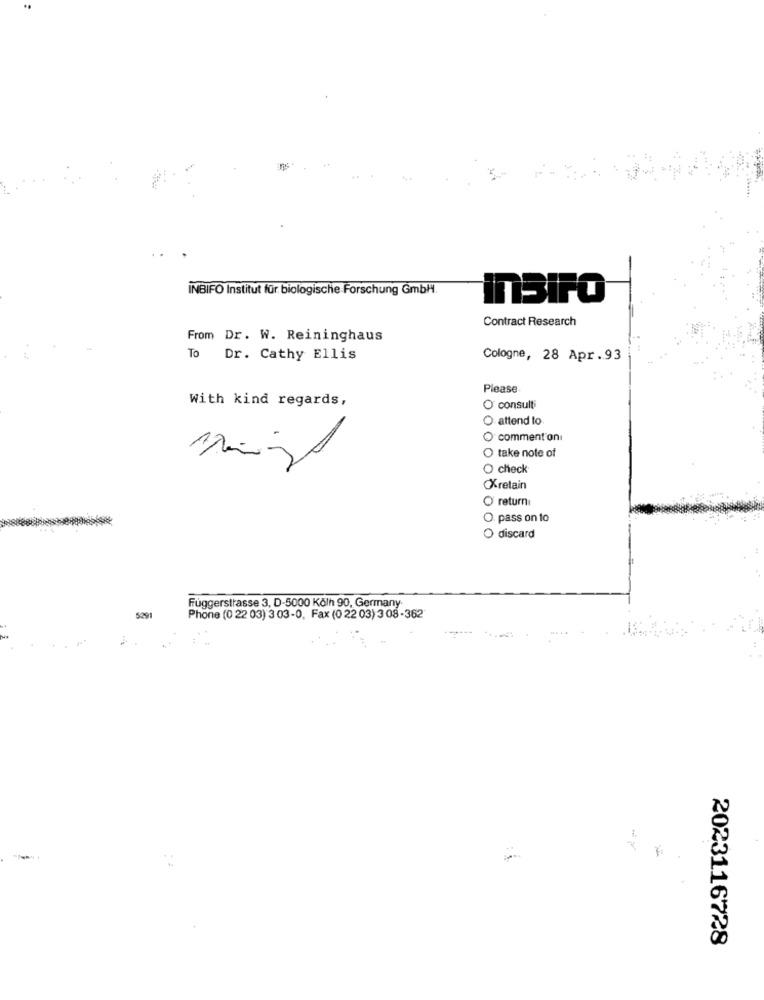
INBIFO Institut für biologische Forschung GmbH.
InSiPO
Contract Research
From Dr. W. Reininghaus
To Dr. Cathy Ellis
Cologne, 28 Apr. 93
Please
With kind regards,
O consulti
O attend to
O comment'oni
O take note of
O check
Kretain
O return
O. pass on to
O discard
Függerstrasse 3, D-5000 Köln 90, Germany
5291
Phone (0 22 03) 3 03-0, Fax (0 22 03) 3 08-362
2023116728